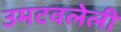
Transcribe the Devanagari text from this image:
उमटवलेली